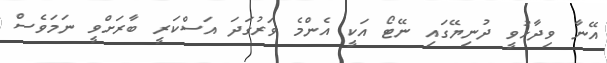
އޭނާ ވިދާޅުވީ ދުނިޔޭގައި ނޭޓޯ އަކީ އެންމެ ވަރުގަދަ އަސްކަރީ ބާރަށްވީ ނަމަވެސް